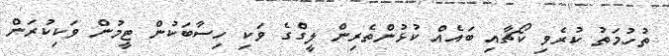
ތުހުމަތު ކުރެވި ކޯޗާއި ބައެއް ކުޅުންތެރިން ލީގްގެ ވަކި ހިސާބަކުން ޓީމުން ވަކިކުރަން